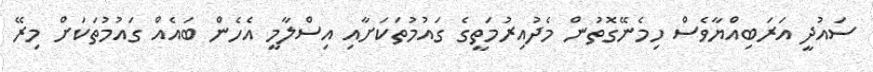
ސައުދީ އަރަބިއްޔާވެސް ހިމެނޭގޮތުން މެދުއިރުމަތީގެ ގައުމުތަކަށާއި އިސްލާމީ އެހެން ބައެއް ގައުމުތަކަށް މިރޭ